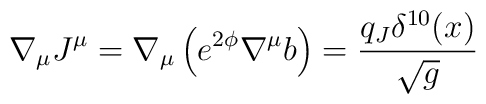
\nabla_\mu J^\mu =\nabla_\mu\left(e^{2\phi}\nabla^\mu b\right) =\frac{q_J \delta^{10}(x)}{\sqrt{g}}